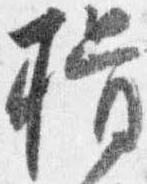
揖